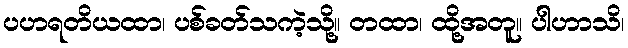
ပဟရတိယထာ၊ ပစ်ခတ်သကဲ့သို့။ တထာ၊ ထို့အတူ။ ပါဟာသိ၊